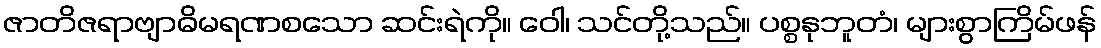
ဇာတိဇရာဗျာဓိမရဏစသော ဆင်းရဲကို။ ဝေါ၊ သင်တို့သည်။ ပစ္စနုဘူတံ၊ များစွာကြိမ်ဖန်